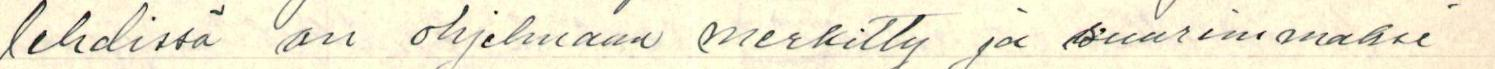
lehdissä on ohjelmaan merkitty ja suurimmaksi